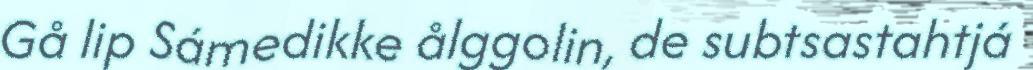
Gå lip Sámedikke ålggolin, de subtsastahtjá